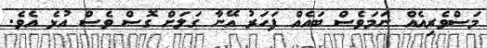
މަސްވެރިއެއް ނަމަވެސް ބައެއް ފަހަރު އޭނާ ގަލަށް ގޮސް ވެސް އުޅެ އެވެ.